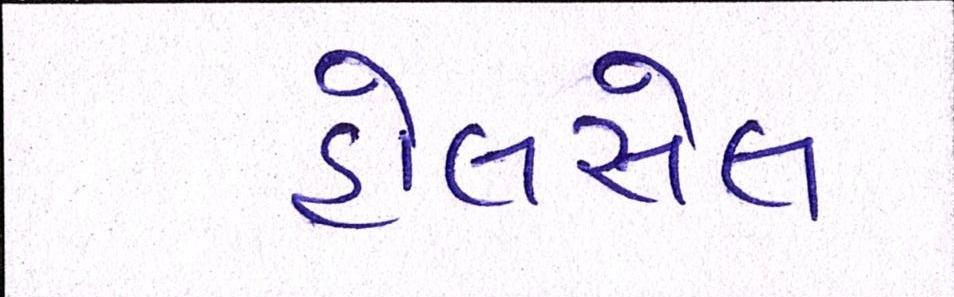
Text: હોલસેલ